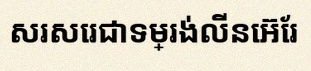
សរសេរជាទម្រង់លីនេអ៊ែរ